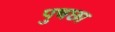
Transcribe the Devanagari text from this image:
पुचछा